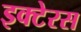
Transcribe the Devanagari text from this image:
इक्टेरस